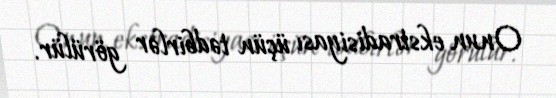
Onun ekstradisiyası üçün tədbirlər görülür.